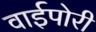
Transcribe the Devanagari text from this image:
वाईपोरी